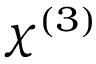
\chi ^ { ( 3 ) }